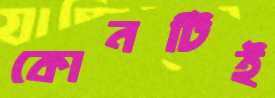
কোনটিই